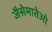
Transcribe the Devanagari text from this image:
जैसेमातेओ